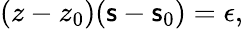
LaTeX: (z-z_{0})(\mathsf{s}-\mathsf{s}_{0})=\epsilon,